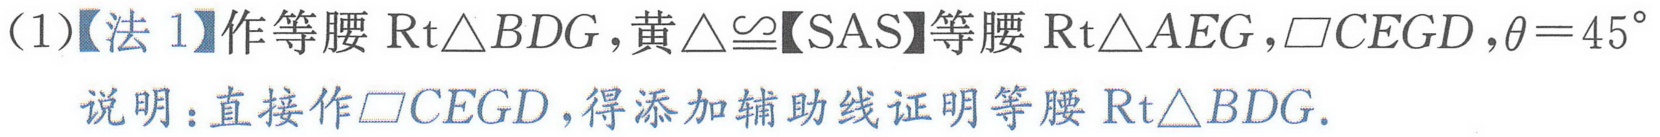
(1)【法 1】作等腰 \(\text{Rt}\triangle BDG\), 黄 \(\triangle\cong\)【SAS】等腰 \(\text{Rt}\triangle AEG\), \(\square CEGD\), \(\theta = 45^{\circ}\)
说明：直接作 \(\square CEGD\), 得添加辅助线证明等腰 \(\text{Rt}\triangle BDG\).